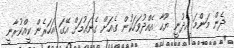
ދެން މަންމަ އެދުނީ ޔޫހާ އެއްދުވަހަކުން ގެއަށް ގެނައުމަށް އޭގަ އަހަރެން ކީއްކުރާނީ